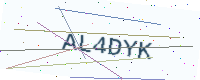
Text: AL4DYK